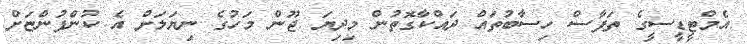
އެމްޓީޑީސީގެ ތަފާސް ހިސާބުތައް ދައްކާގޮތުން މިދިޔަ ޖޫން މަހުގެ ނިޔަލަށް އެ ކުންފުންޏަށް